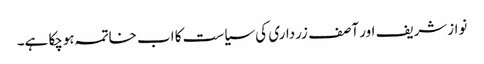
نوازشریف اور آصف زرداری کی سیاست کا اب خاتمہ ہوچکا ہے۔